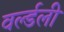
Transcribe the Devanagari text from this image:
वर्ल्डली